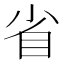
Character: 省